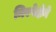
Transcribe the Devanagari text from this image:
निरपेक्षेने